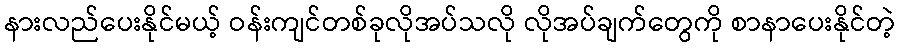
နားလည်ပေးနိုင်မယ့် ဝန်းကျင်တစ်ခုလိုအပ်သလို လိုအပ်ချက်တွေကို စာနာပေးနိုင်တဲ့